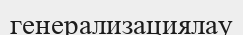
генерализациялау